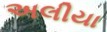
અલીયા